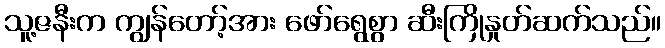
သူ့ဇနီးက ကျွန်တော့်အား ဖော်ရွေစွာ ဆီးကြိုနှုတ်ဆက်သည်။